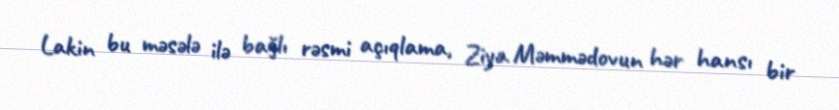
Lakin bu məsələ ilə bağlı rəsmi açıqlama, Ziya Məmmədovun hər hansı bir